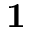
\mathbf { 1 }